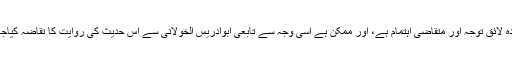
اس لحاظ سے حدیثِ قدسی بہت زیادہ لائقِ توجہ اور متقاضیٔ اہتمام ہے، اور ممکن ہے اسی وجہ سے تابعی ابوادریس الخولانی سے اس حدیث کی روایت کا تقاضہ کیاجاتا تو وہ دوزانو بیٹھ کر سنایاکرتے۔